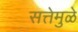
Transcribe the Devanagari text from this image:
सत्तेमुळे